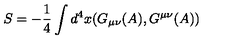
S = - \frac { 1 } { 4 } \int d ^ { 4 } x ( G _ { \mu \nu } ( A ) , G ^ { \mu \nu } ( A ) )